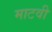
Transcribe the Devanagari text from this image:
माटवी